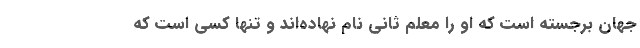
جهان برجسته است که او را معلم ثانی نام نهاده‌اند و تنها کسی است که